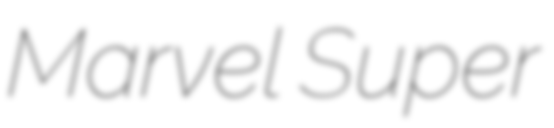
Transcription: Marvel Super